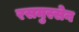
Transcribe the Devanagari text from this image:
रसमुस्सेन